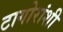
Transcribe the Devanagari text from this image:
टागोरांशी